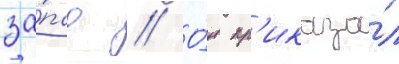
за́пад // О́н пр'иказа́л